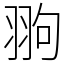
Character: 翑